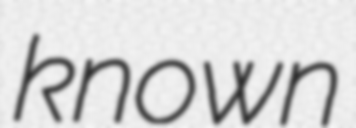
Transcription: known